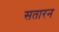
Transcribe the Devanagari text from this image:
सतारन